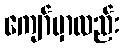
ကျော်မှာလည်း